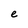
Character: e